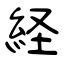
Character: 経